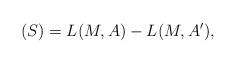
LaTeX: \begin{align*}(S) = L(M,A)-L(M,A'),\end{align*}